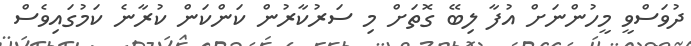
ދުވަސްވީ މީހުންނަށް އުފާ ލިބޭ ގޮތަށް މި ސަރުކާރުން ކަންކަން ކުރާނެ ކަމުގައިވެސް